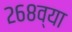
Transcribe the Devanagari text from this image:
२६८व्या